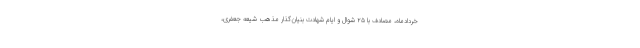
خردادماه، مصادف با ۲۵ شوال و ایام شهادت بنیان‌گذار مذهب شیعه جعفری،